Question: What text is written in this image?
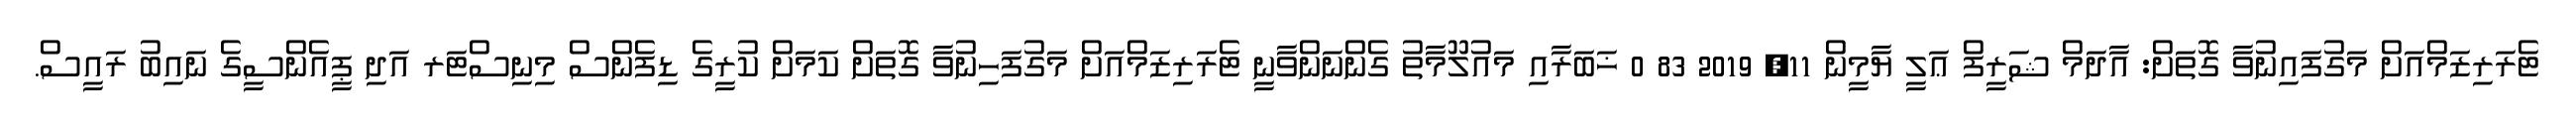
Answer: ޓެރަރިޒަމްއަށް މަގުފައިނުވާ ގޮތަށް: އާދަމް ޝަރީފް ޢަލީ ޔާމީން 11, 2019 83 0 ޚަބަރާއި މައުލޫމާތު ގެންނަންވާނީ ޓެރަރިޒަމްއަށް މަގުފަހިނުވާ ގޮތަށް ކަމަށް ކުރީގެ ޑިފެންސް މިނިސްޓަރ އަދި ޕީއެންސީގެ ނައިބު ރައީސް.